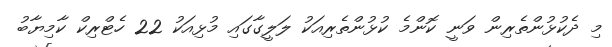
މި ދެކުޅުންތެރިން ވަނީ ކޮންމެ ކުޅުންތެރިއަކު ލަލީގާގައި މުޅިއަކު 22 ހެޓްރިކް ކާމިޔާބު